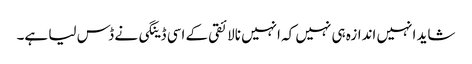
شاید انہیں اندازہ ہی نہیں کہ انہیں نالائقی کے اسی ڈینگی نے ڈس لیا ہے۔